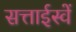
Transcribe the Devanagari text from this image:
सत्ताईस्वें